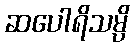
ဆပေါရိသမ္ပိ